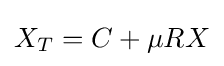
X_{T}=C+\mu RX